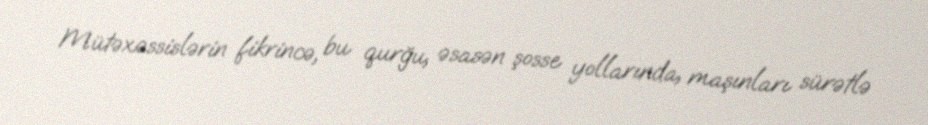
Mütəxəssislərin fikrincə, bu qurğu, əsasən şosse yollarında, maşınları sürətlə